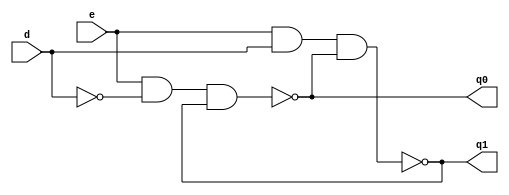
/*
 And gate
*/
module and_gate
(
 d,
 e,
 q0,
 q1,
 );

   input d;
   input e;

   wire  not0;
   wire  and0;
   wire  and1;
   wire  or0;
   wire  or1;
   wire  not1;
   wire  not2;

   output q0;
   output q1;

   assign not0 = !d;
   assign and0 = e && not0;
   assign and1 = e && d;

   assign or0 = and0 && not2;
   assign or1 = and1 && not1;

   assign not1 = !or0;
   assign not2 = !or1;

   assign q0 = not1;
   assign q1 = not2;

endmodule // and_gate